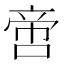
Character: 啻